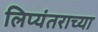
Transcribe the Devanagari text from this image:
लिप्यंतराच्या